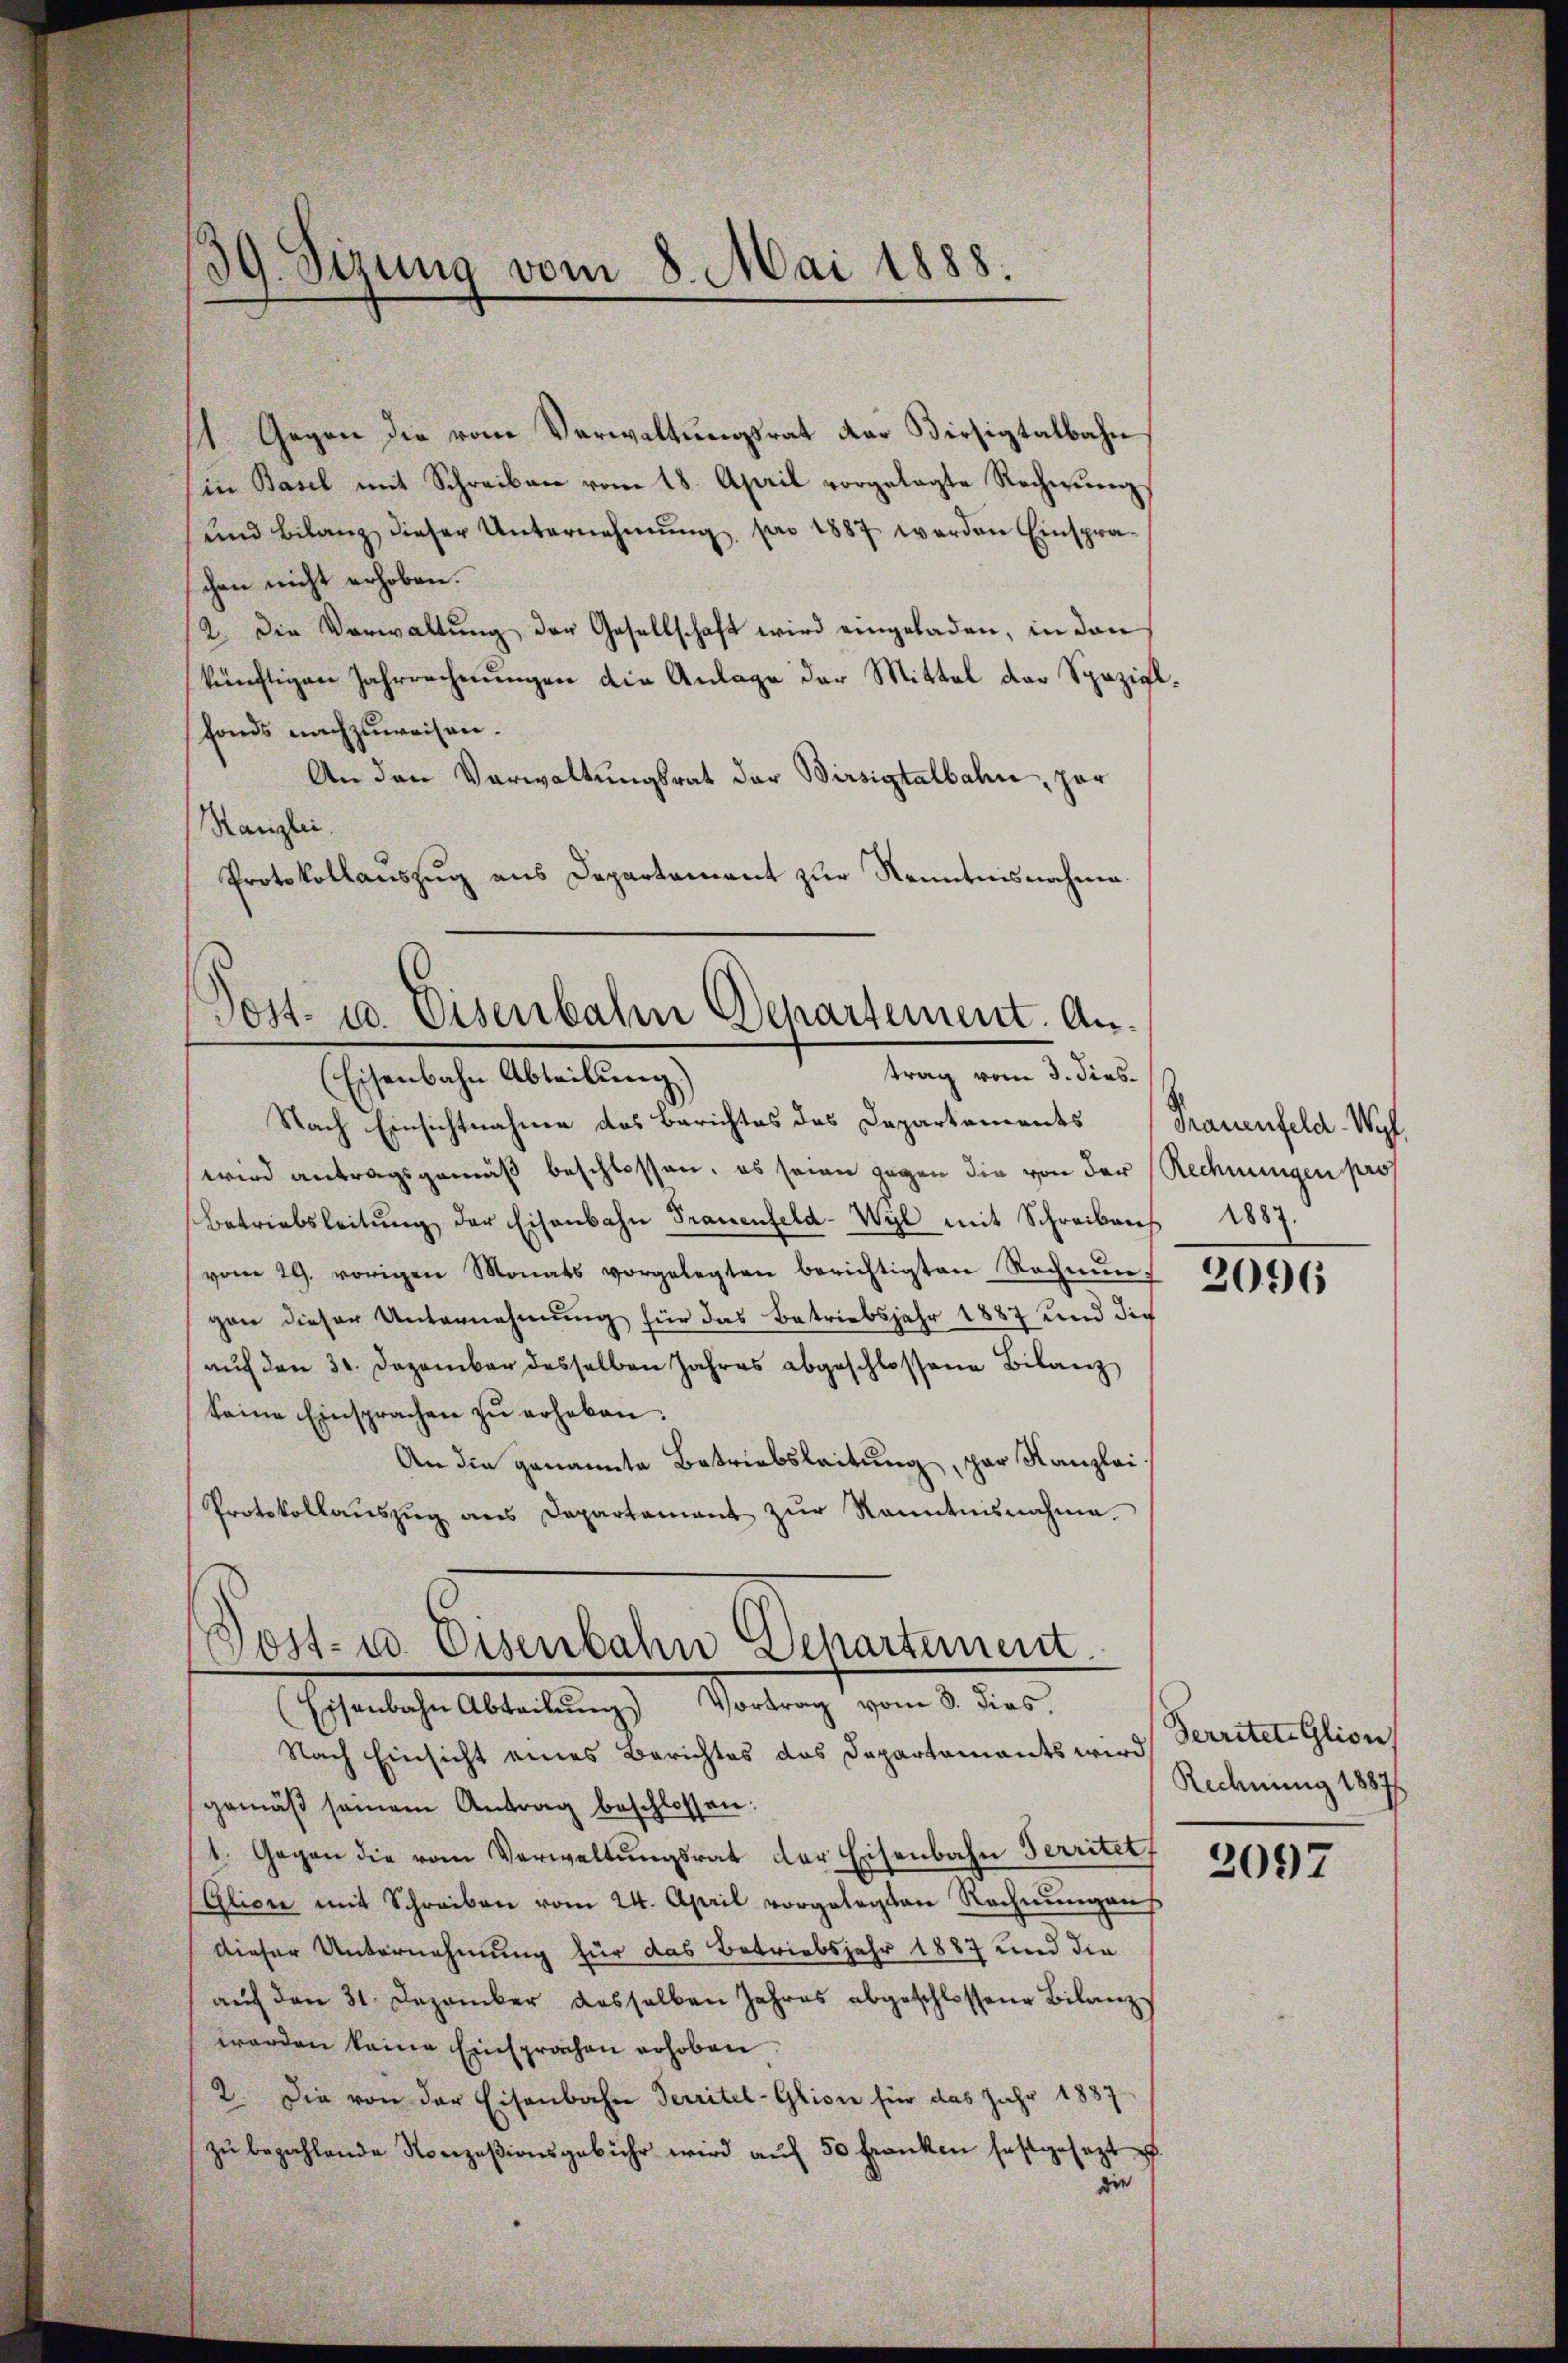
39. Sizung vom 8. Mai 1888.

1 Gegen die vom Verwaltungsrat der Visitalbahn
(in Basel mit Schreiben vom 18. April vorgelegte Rechnung
und Bilanz dieser Unternehmung pro 1887 werden Einspraschen nicht erhoben.
2. Die Verwaltung der Gesellschaft wird eingeladen, in den
künftigen Jahrrechnungen die Anlage der Mittel der Spezialfonds nachzuweisen.
An den Verwaltungsrat der Birsigtalbahn, zur
Kanzlei.
Protokollauszug aus Departement zur Kenntnisnahme.
Post- u. Eisenbahn Departement. An¬

trag vom 3. dies
Eschenbache Abteilung

Nach Einsichtnahme des Berichtes des Departements Frauenfeld-Wyl
wird antragsgemäß beschlossen, es seien gegen die von der Rechnungen pros
Betriebsleitŭng der Eisenbahn Trauenfeld-Wyl mit Schreibens 1887.
vom 29. vorigen Monats vorgelegten berichtigten Rechnŭng 20505
gen dieser Unternehmung für das Betriebsjahr 1887 und die
aŭf den 31. Dezember desselben Jahres abgeschlossene Bilanz
Seine Einsprachen zu erheben.
An die genannte Betriebsleitung, par Kanzlei
Protokollaŭszŭg ans Departamant zŭr Kenntnisnahme.

Post- u. Eisenbahn Departement
(Eisenbahn Abteilŭng Vortrag vom 8. dies

Nach Einsicht eines Berichtes das Departaments wird Perritete Glion
gemäβ seinem Antrag beschlossen:
1. Gegen die vom Verwaltungsrat der Eisenbahn Territet,
Glion mit Schreiben vom 24. April vorgelegten Rechnŭngens
dieser Unternehmung für das Betriebsjahr 1887 und die
auf den 31. Dezember dasselben Jahres abgeschlossene Bilanz
worden keine Einsprachen erhoben.
2. Die von der Eisenbahn Territel-Glion für das Jahr 1887
zŭ bezahlende Konzesionsgebühr wird aŭf 50 Franken festgesetzt
die

Rechnung 1887

2097